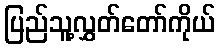
ပြည်သူ့လွှတ်တော်ကိုယ်